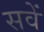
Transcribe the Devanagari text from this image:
सवें